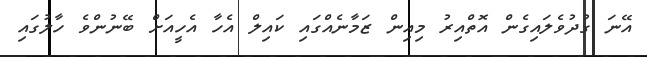
އޭނަ ގުދުވެލައިގެން އޮތްއިރު މިއިން ޒަމާނެއްގައި ކައިލް އެހާ އެހީއަށް ބޭނުންވެ ހާލުގައި